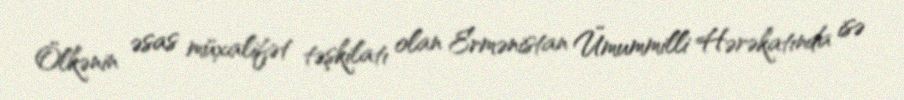
Ölkənin əsas müxalifət təşkilatı olan Ermənistan Ümummilli Hərəkatında isə